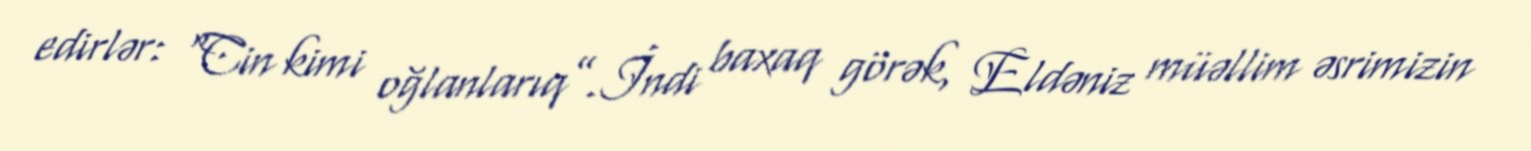
edirlər: “Cin kimi oğlanlarıq”.İndi baxaq görək, Eldəniz müəllim əsrimizin